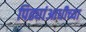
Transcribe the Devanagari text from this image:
पिढ्यांआधीच्या